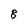
Character: B